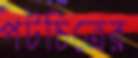
পটচিত্রের